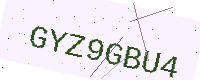
Text: GYZ9GBU4